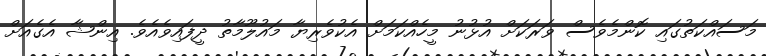
މަސައްކަތުގައި ކޮންމެވެސް ވަރަކަށް އުޅުނު މީހެއްކަމަށް އެކުވެރިޔާ މައުލޫމާތު ދީފައިވެއެވެ. އިންޝާ އެގެއަށް